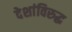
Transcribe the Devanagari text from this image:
देशांविरुद्ध